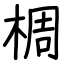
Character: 椆